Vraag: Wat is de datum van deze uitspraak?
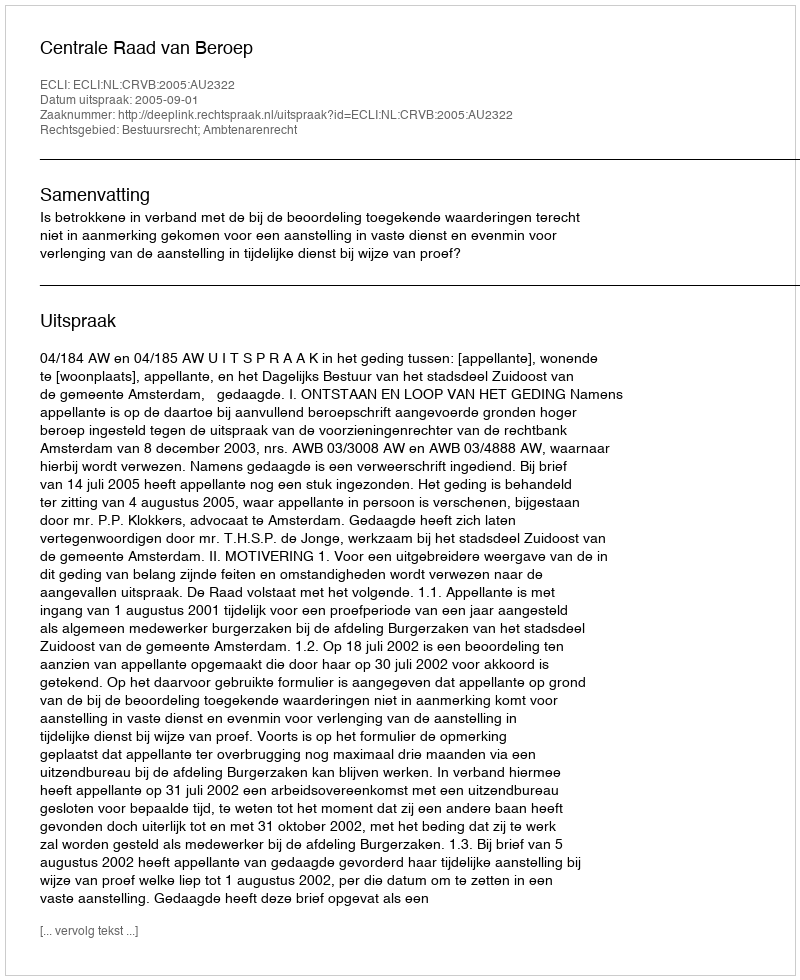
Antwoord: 2005-09-01